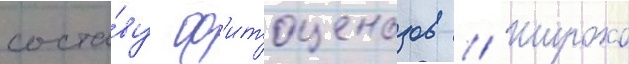
соста́ву ф'итоценозов // Широко